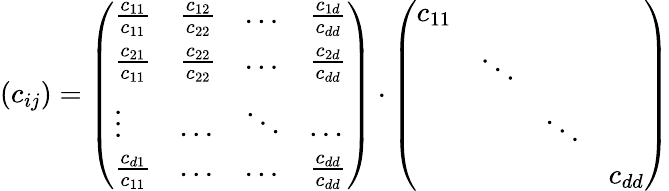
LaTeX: (c_{ij})=\left(\begin{array}{llll}{\frac{c_{11}}{c_{11}}}&{\frac{c_{12}}{c_{22}}}&{\dots}&{\frac{c_{1d}}{c_{dd}}}\\ {\frac{c_{21}}{c_{11}}}&{\frac{c_{22}}{c_{22}}}&{\dots}&{\frac{c_{2d}}{c_{dd}}}\\ {\vdots}&{\dots}&{\ddots}&{\dots}\\ {\frac{c_{d1}}{c_{11}}}&{\dots}&{\dots}&{\frac{c_{dd}}{c_{dd}}}\end{array}\right)\cdot\left(\begin{array}{llll}{c_{11}}&&&\\ &{\ddots}&&\\ &&{\ddots}&\\ &&&{c_{dd}}\end{array}\right)